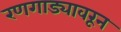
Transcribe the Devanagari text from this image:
रणगाड्यावरून